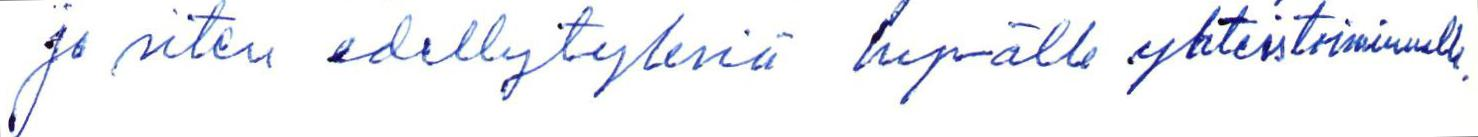
ja siten edellytyksiä hyvälle yhteistoiminnalle.